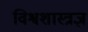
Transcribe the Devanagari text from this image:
विश्वशास्त्रज्ञ